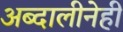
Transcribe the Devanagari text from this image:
अब्दालीनेही